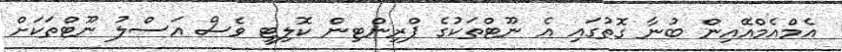
އެމްއެމްއޭއިން ބުނާ ގޮތުގައި އެ ނޫޓްތަކުގެ ޕްރިންޓިން ކޮލިޓީ ވެސް އަސްލު ނޫޓްތަކަށް